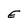
Character: E